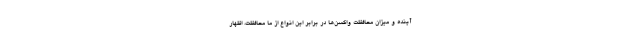
آینده و میزان محافظت واکسن‌ها در برابر این انواع از ما محافظت، اظهار